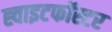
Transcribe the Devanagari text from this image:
ह्वाइटफॉस्टर